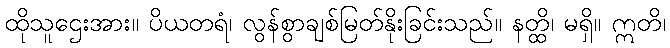
ထိုသူဌေးအား။ ပိယတရံ၊ လွန်စွာချစ်မြတ်နိုးခြင်းသည်။ နတ္ထိ၊ မရှိ။ ဣတိ၊